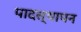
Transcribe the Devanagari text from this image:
पादस्थापन